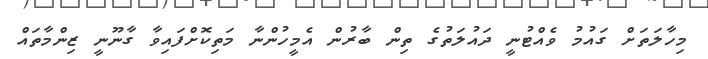
މިހާލަތަށް ގައުމު ވެއްޓުނީ ދައުލަތުގެ ތިން ބާރުން އެމީހުންނާ މަތިކޮށްފައިވާ ގާނޫނީ ޒިންމާތައް